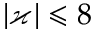
| \varkappa | \leqslant 8